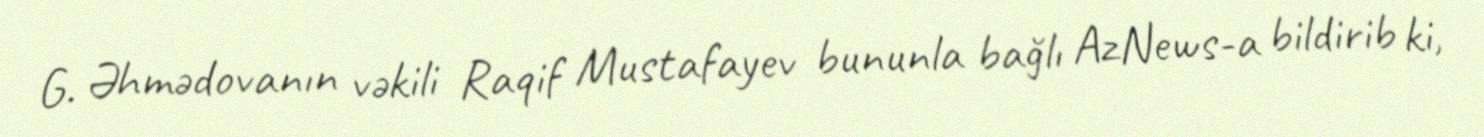
G. Əhmədovanın vəkili Raqif Mustafayev bununla bağlı AzNews-a bildirib ki,